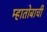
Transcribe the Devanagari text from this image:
म्हातोबाची